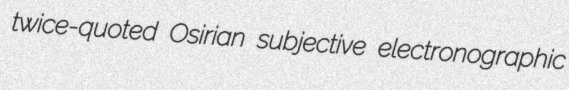
twice-quoted Osirian subjective electronographic